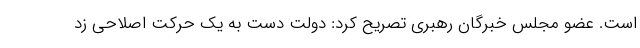
است. عضو مجلس خبرگان رهبری تصریح کرد: دولت دست به یک حرکت اصلاحی زد